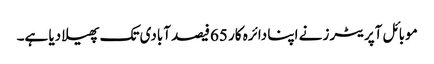
موبائل آپریٹرز نے اپنا دائرہ کار 65فیصد آبادی تک پھیلا دیا ہے۔